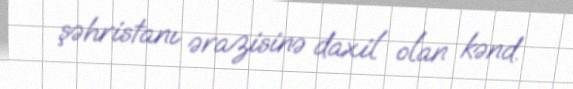
şəhristanı ərazisinə daxil olan kənd.